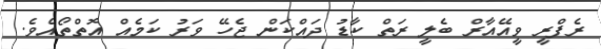
ރެފްރީ ވީއޭއާރް ބެލީ ރަތް ކާޑު ދައްކަން ޖެހޭ ވަރު ކަމެއް އޮތްތޯއެވެ.